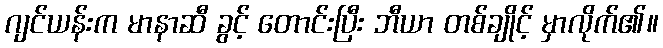
ဂျင်ယန်းက မာနာဆီ ခွင့် တောင်းပြီး ဘီယာ တစ်ချိုင့် မှာလိုက်၏။